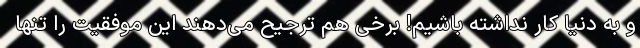
و به دنیا کار نداشته باشیم! برخی هم ترجیح می‌دهند این موفقیت را تنها